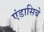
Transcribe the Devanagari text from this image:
एंडासिबे